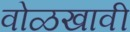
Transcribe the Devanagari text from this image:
वोळखावी